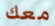
معك